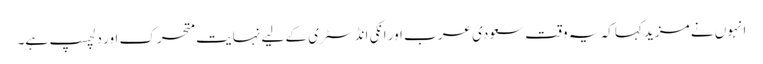
انہوں نے مزید کہا کہ یہ وقت سعودی عرب اور انکی انڈسٹری کے لیے نہایت متحرک اور دلچسپ ہے۔